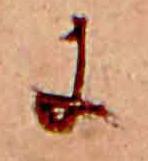
に